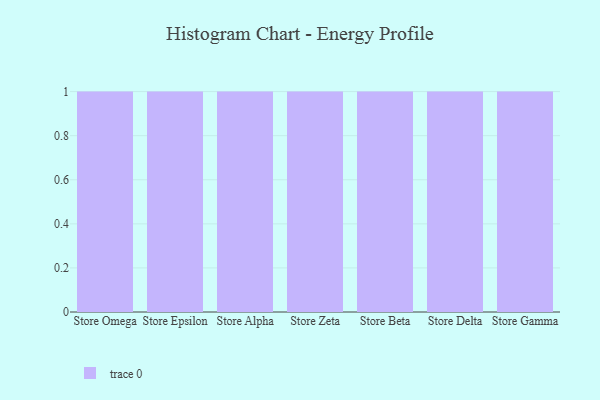
{"axis": {"x": "Store", "y": "Active Users"}, "legend": [""], "data": [{"x": "Store Omega", "y": 25, "type": ""}, {"x": "Store Epsilon", "y": 72, "type": ""}, {"x": "Store Alpha", "y": 81, "type": ""}, {"x": "Store Zeta", "y": 52, "type": ""}, {"x": "Store Beta", "y": 79, "type": ""}, {"x": "Store Delta", "y": 61, "type": ""}, {"x": "Store Gamma", "y": 52, "type": ""}]}